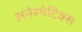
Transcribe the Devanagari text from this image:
अनेस्थेटिक्स